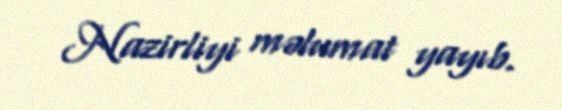
Nazirliyi məlumat yayıb.